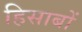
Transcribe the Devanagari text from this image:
हिसाबों